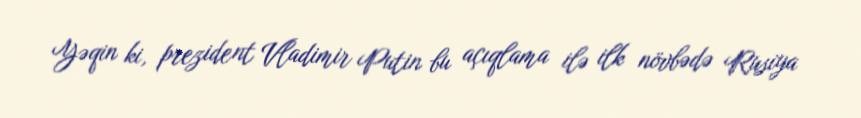
Yəqin ki, prezident Vladimir Putin bu açıqlama ilə ilk növbədə Rusiya